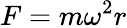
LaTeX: F=m\omega^{2}r